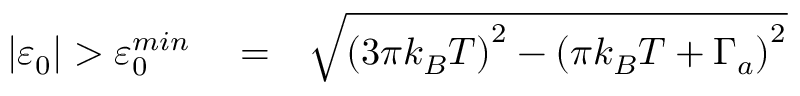
\begin{array} { r l r } { \left\vert \varepsilon _ { 0 } \right\vert > \varepsilon _ { 0 } ^ { m i n } } & { { } = } & { \sqrt { \left( 3 \pi k _ { B } T \right) ^ { 2 } - \left( \pi k _ { B } T + \Gamma _ { a } \right) ^ { 2 } } } \end{array}